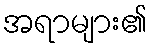
အရာများ၏